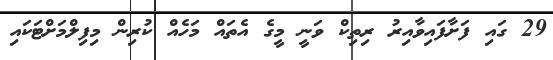
29 ގައި ފަށާފައިވާއިރު ރިތިކް ވަނީ މީގެ އެތައް މަހެއް ކުރިން މިފިލްމަށްޓަކައި